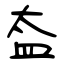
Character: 盇